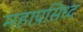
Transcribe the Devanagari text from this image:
महाप्रसिध्द